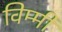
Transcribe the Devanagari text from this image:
विम्मी